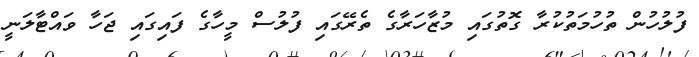
ފުލުހުން ތުހުމަތުކުރާ ގޮތުގައި މުޒާހަރާގެ ތެރޭގައި ފުލުސް މީހާގެ ފަައިގައި ޖަހާ ވައްޓާލަނީ